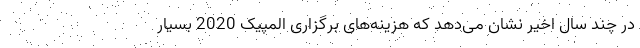
در چند سال اخیر نشان می‌دهد که هزینه‌های برگزاری المپیک 2020 بسیار